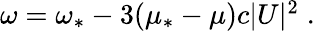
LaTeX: \begin{array}{r}{\omega=\omega_{*}-3(\mu_{*}-\mu)c|U|^{2}\; .}\end{array}